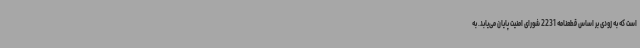
است که به زودی بر اساس قطعنامه 2231 شورای امنیت پایان می‌یابد. به